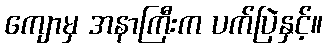
ကျောမှ အနာကြီးက ပက်ပြဲနှင့်။